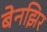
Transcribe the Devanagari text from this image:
बेनझिर